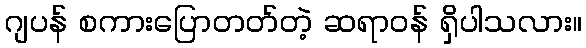
ဂျပန် စကားပြောတတ်တဲ့ ဆရာဝန် ရှိပါသလား။